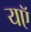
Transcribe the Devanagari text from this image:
यऍ